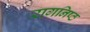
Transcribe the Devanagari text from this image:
रागनिष्ठ